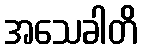
အသေခါတိ